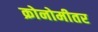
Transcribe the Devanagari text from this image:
क्रोनोमीतर